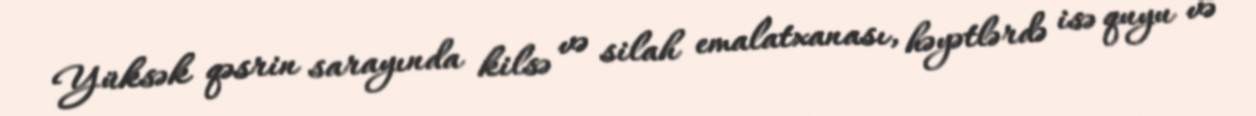
Yüksək qəsrin sarayında kilsə və silah emalatxanası, həyətlərdə isə quyu və